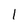
Character: 1